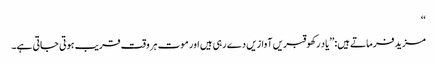
‘‘
مزید فرماتے ہیں:’’یاد رکھو قبریں آوازیں دے رہی ہیں اور موت ہر وقت قریب ہوتی جاتی ہے۔